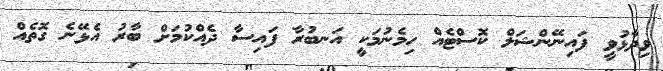
ވިދާޅުވީ ފައިނޭންޝަލް ކޮސްޓެއް ހިމެނުމަކީ އަނބުރާ ފައިސާ ދެއްކުމަށް ބާރު އެޅޭނެ ގޮތެއް